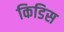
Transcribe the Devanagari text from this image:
किडिस